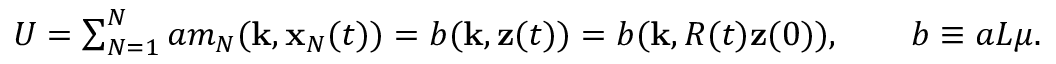
\begin{array} { r } { U = \sum _ { N = 1 } ^ { N } a m _ { N } ( { \bf k } , { \bf x } _ { N } ( t ) ) = b ( { \bf k } , { \bf z } ( t ) ) = b ( { \bf k } , R ( t ) { \bf z } ( 0 ) ) , \qquad b \equiv a L \mu . } \end{array}